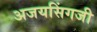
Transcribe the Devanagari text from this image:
अजयसिंगजी